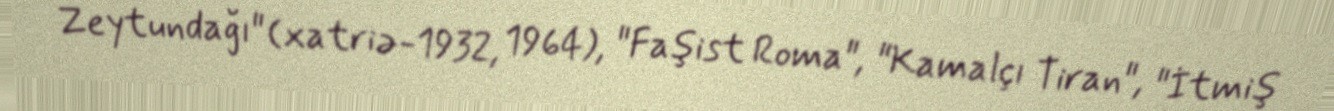
Zeytundağı" (xatriə-1932, 1964), "Faşist Roma", "Kamalçı Tiran", "İtmiş